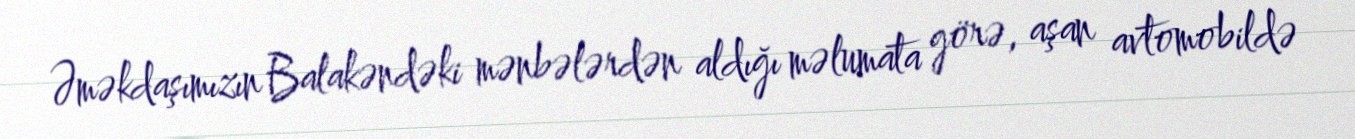
Əməkdaşımızın Balakəndəki mənbələrdən aldığı məlumata görə, aşan avtomobildə